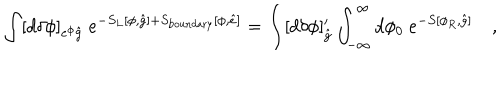
LaTeX: \int [ d \delta \phi ] _ { e ^ { \phi } { \hat { g } } } ~ e ^ { - S _ { L } [ \phi , { \hat { g } } ] + S _ { \mathrm { b o u n d a r y } } [ \phi , { \hat { e } } ] } = \int [ d \delta \phi ] _ { { \hat { g } } } ^ { \prime } \int _ { - \infty } ^ { \infty } d \phi _ { 0 } ~ e ^ { - S [ \phi _ { R } , { \hat { g } } ] } \quad ,